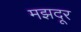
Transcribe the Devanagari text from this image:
मझदूर